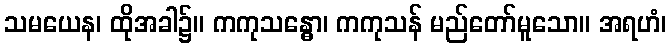
သမယေန၊ ထိုအခါ၌။ ကကုသန္ဓော၊ ကကုသန် မည်တော်မူသော။ အရဟံ၊